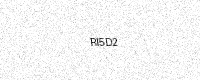
Text: RI5D2